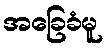
အခြေခံမူ